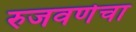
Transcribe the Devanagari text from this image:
रुजवणेचा